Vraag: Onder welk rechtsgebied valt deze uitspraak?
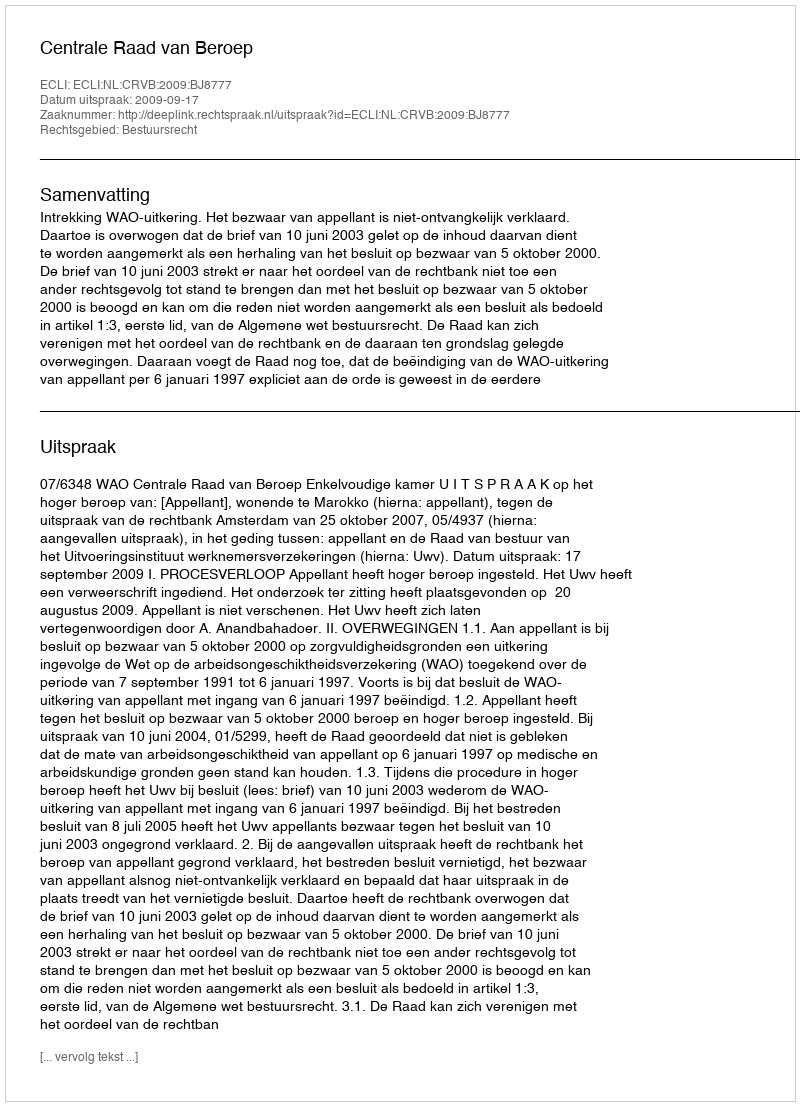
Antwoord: Bestuursrecht